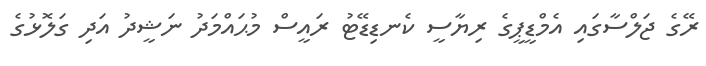
ރޭގެ ޖަލްސާގައި އެމްޑީޕީގެ ރިޔާސީ ކެނޑިޑޭޓު ރައީސް މުޙައްމަދު ނަޝީދު އަދި ގަލޮޅުގެ